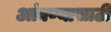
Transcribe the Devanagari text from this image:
आंबण्यासाठी